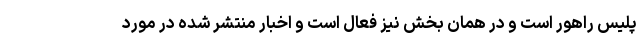
پلیس راهور است و در همان بخش نیز فعال است و اخبار منتشر شده در مورد